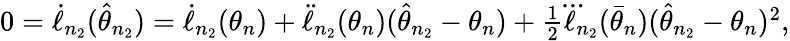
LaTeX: \begin{array}{r}{0=\dot{\ell}_{n_{2}}(\hat{\theta}_{n_{2}})=\dot{\ell}_{n_{2}}(\theta_{n})+\ddot{\ell}_{n_{2}}(\theta_{n})(\hat{\theta}_{n_{2}}-\theta_{n})+\frac{1}{2}\dddot{\ell}_{n_{2}}(\bar{\theta}_{n})(\hat{\theta}_{n_{2}}-\theta_{n})^{2},}\end{array}